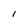
Character: 1